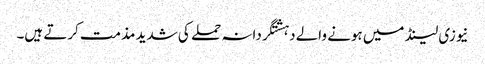
نیوزی لینڈ میں ہونے والے دہشتگردانہ حملے کی شدید مذمت کرتے ہیں۔